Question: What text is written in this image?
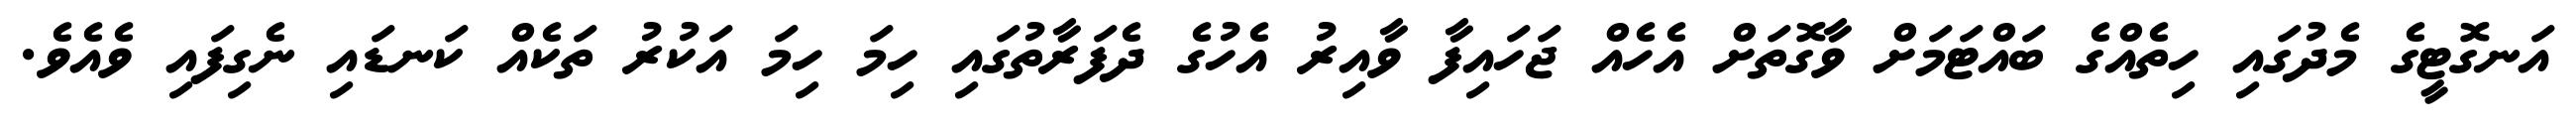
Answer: އަނގޮޓީގެ މެދުގައި ހިތެއްގެ ބައްޓަމަށް ވާގޮތަށް އެހެއް ޖަހައިފާ ވާއިރު އެހުގެ ދެފަރާތުގައި ހިމަ ހިމަ އަކުރު ތަކެއް ކަނޑައި ނެގިފައި ވެއެވެ.